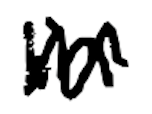
Text: in
Cross-out: zig-zag
Writing tool: digital_black